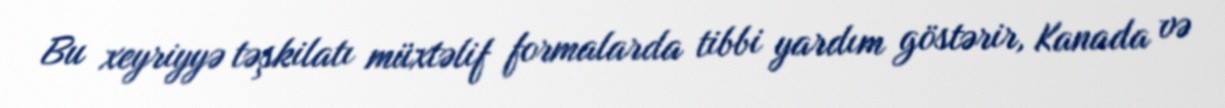
Bu xeyriyyə təşkilatı müxtəlif formalarda tibbi yardım göstərir, Kanada və